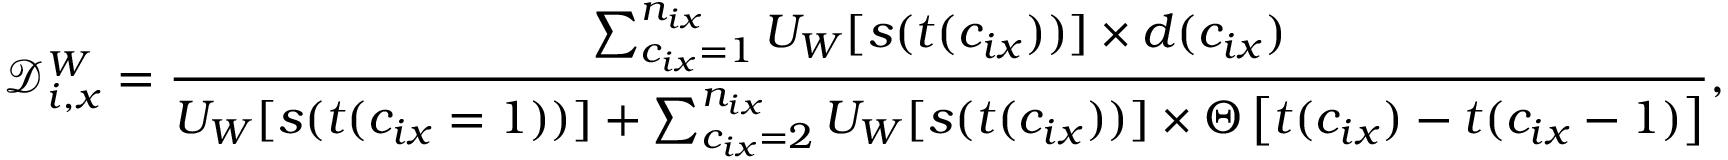
\mathcal { D } _ { i , x } ^ { W } = \frac { \sum _ { c _ { i x } = 1 } ^ { n _ { i x } } U _ { W } [ s ( t ( c _ { i x } ) ) ] \times d ( c _ { i x } ) } { U _ { W } [ s ( t ( c _ { i x } = 1 ) ) ] + \sum _ { c _ { i x } = 2 } ^ { n _ { i x } } U _ { W } [ s ( t ( c _ { i x } ) ) ] \times \Theta \left[ t ( c _ { i x } ) - t ( c _ { i x } - 1 ) \right] } ,